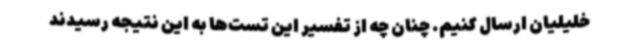
خلیلیان ارسال کنیم. چنان چه از تفسیر این تست‌ها به این نتیجه رسیدند